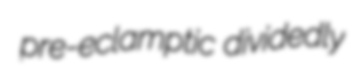
pre-eclamptic dividedly